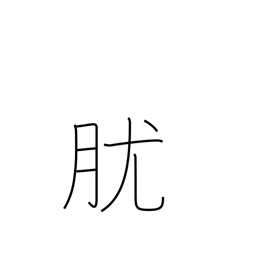
Meaning: papule